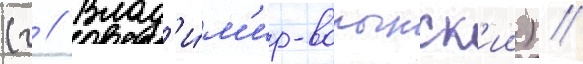
(г // Влад'и́м'ир-волынск'ии) //